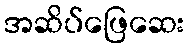
အဆိပ်ဖြေဆေး